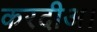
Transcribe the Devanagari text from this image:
करदीअ।